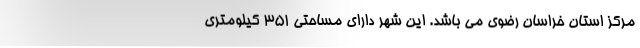
مرکز استان خراسان رضوی می باشد. این شهر دارای مساحتی 351 کیلومتری